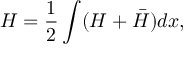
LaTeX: H = \frac { 1 } { 2 } \int ( { \cal H } + \bar { \cal H } ) d x ,